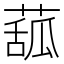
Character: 𦸈